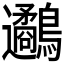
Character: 𪈄